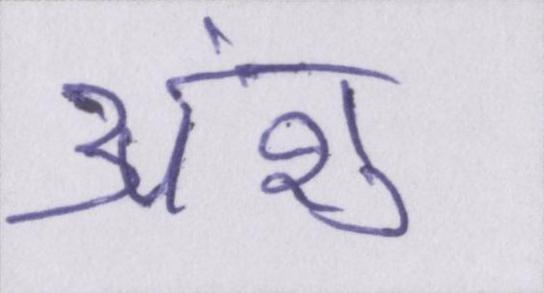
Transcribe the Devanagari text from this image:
अंशु